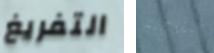
التفريغ متفاجئة